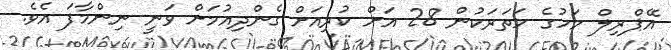
އޭޕްރިލް މަހުގެ ހަތަރަކުން 28 އަށް ކުރިއަށް ގެންދިއުމަށް ވަނީ ނިންމާފަ އެވެ.